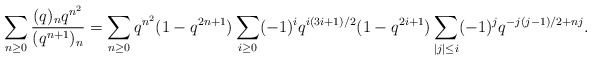
\begin{align*}\sum_{n\ge0}\frac{(q)_nq^{n^2}}{(q^{n+1})_{n}}=\sum_{n\ge0}q^{n^2}(1-q^{2n+1})\sum_{i\ge0}(-1)^iq^{i(3i+1)/2}(1-q^{2i+1})\sum_{|j|\le i}(-1)^jq^{-j(j-1)/2+nj}.\end{align*}